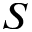
S